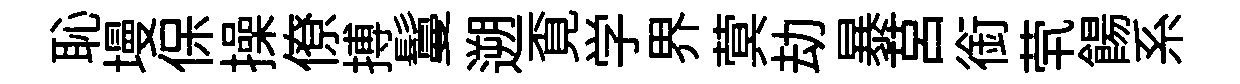
恥墁保操僚搏鬘遡覔学界蓂劫暴莒銜茕餳系